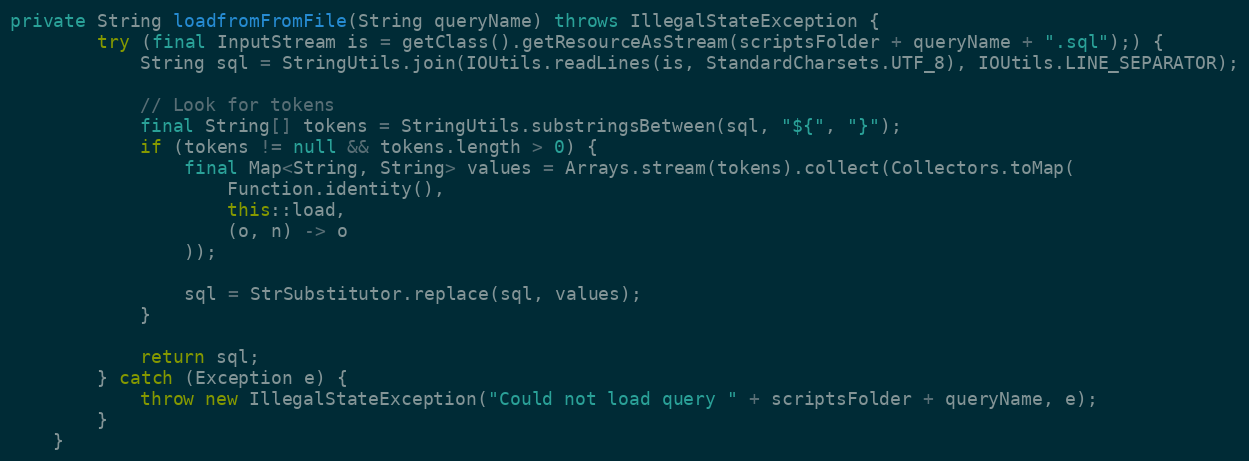
Language: Java
private String loadfromFromFile(String queryName) throws IllegalStateException {
		try (final InputStream is = getClass().getResourceAsStream(scriptsFolder + queryName + ".sql");) {
		    String sql = StringUtils.join(IOUtils.readLines(is, StandardCharsets.UTF_8), IOUtils.LINE_SEPARATOR);

		    // Look for tokens
		    final String[] tokens = StringUtils.substringsBetween(sql, "${", "}");
		    if (tokens != null && tokens.length > 0) {
    		    final Map<String, String> values = Arrays.stream(tokens).collect(Collectors.toMap(
    	            Function.identity(),
    	            this::load,
    	            (o, n) -> o
    	        ));

		        sql = StrSubstitutor.replace(sql, values);
		    }

			return sql;
		} catch (Exception e) {
			throw new IllegalStateException("Could not load query " + scriptsFolder + queryName, e);
		}
	}